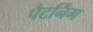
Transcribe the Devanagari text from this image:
पैटर्निंग